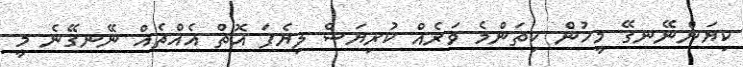
ކިޔަންނޭނގޭ މީހުން ކިތަންމެ ވަރެއް ކުރިޔަސް ލިޔެފަ އޮތް އެއްޗެއް ނޭނގޭނެ މީ